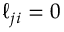
\ell _ { j i } = 0